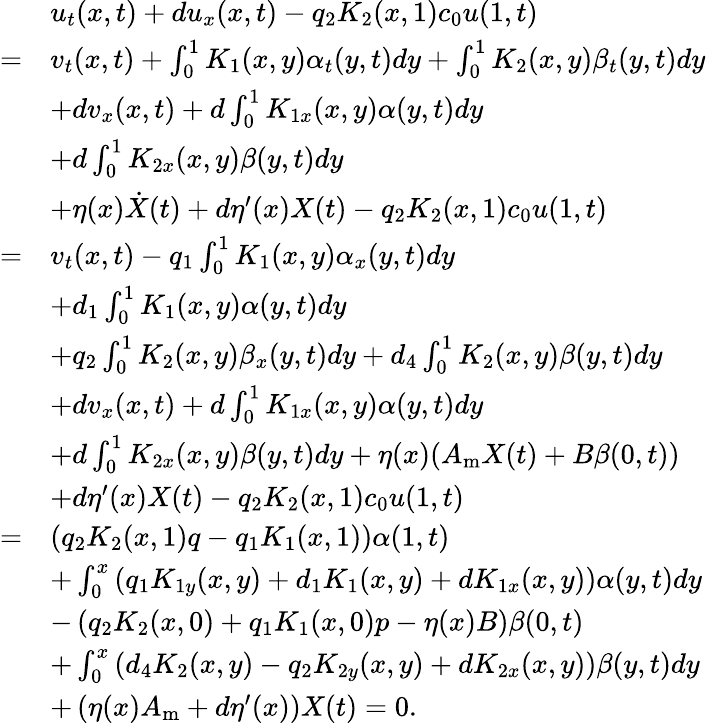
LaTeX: \begin{array}{rl}&{u_{t}(x,t)+du_{x}(x,t)-q_{2}K_{2}(x,1)c_{0}u(1,t)}\\ {=}&{v_{t}(x,t)+\int_{0}^{1}K_{1}(x,y)\alpha_{t}(y,t)dy+\int_{0}^{1}K_{2}(x,y)\beta_{t}(y,t)dy}\\ &{+dv_{x}(x,t)+d\int_{0}^{1}K_{1x}(x,y)\alpha(y,t)dy}\\ &{+d\int_{0}^{1}K_{2x}(x,y)\beta(y,t)dy}\\ &{+\eta(x)\dot{X}(t)+d\eta^{\prime}(x){X}(t)-q_{2}K_{2}(x,1)c_{0}u(1,t)}\\ {=}&{v_{t}(x,t)-q_{1}\int_{0}^{1}K_{1}(x,y)\alpha_{x}(y,t)dy}\\ &{+d_{1}\int_{0}^{1}K_{1}(x,y)\alpha(y,t)dy}\\ &{+q_{2}\int_{0}^{1}K_{2}(x,y)\beta_{x}(y,t)dy+d_{4}\int_{0}^{1}K_{2}(x,y)\beta(y,t)dy}\\ &{+dv_{x}(x,t)+d\int_{0}^{1}K_{1x}(x,y)\alpha(y,t)dy}\\ &{+d\int_{0}^{1}K_{2x}(x,y)\beta(y,t)dy+\eta(x)(A_{\mathrm{m}}{X}(t)+B\beta(0,t))}\\ &{+d\eta^{\prime}(x){X}(t)-q_{2}K_{2}(x,1)c_{0}u(1,t)}\\ {=}&{\left(q_{2}K_{2}(x,1)q-q_{1}K_{1}(x,1)\right)\alpha(1,t)}\\ &{+\int_{0}^{x}\left(q_{1}K_{1y}(x,y)+d_{1}K_{1}(x,y)+dK_{1x}(x,y)\right)\alpha(y,t)dy}\\ &{-\left(q_{2}K_{2}(x,0)+q_{1}K_{1}(x,0)p-\eta(x)B\right)\beta(0,t)}\\ &{+\int_{0}^{x}\left(d_{4}K_{2}(x,y)-q_{2}K_{2y}(x,y)+dK_{2x}(x,y)\right)\beta(y,t)dy}\\ &{+\left(\eta(x)A_{\mathrm{m}}+d\eta^{\prime}(x)\right){X}(t)=0.}\end{array}